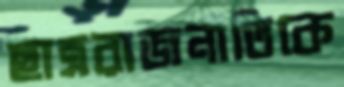
ছাত্ররাজনীতিকে